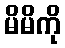
မိမိကို